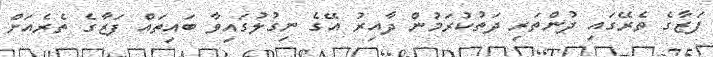
ފަޒާގެ ތެރޭގައި ދުންތަރި ދަތުކުރަމުން ދާއިރު އޭގެ ނިގުލުގައިވާ ބައިތައް ފަޒާގެ ތެރެއަށް